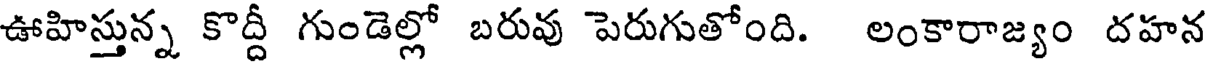
ఊహిస్తున్న కొద్దీ గుండెల్లో బరువు పెరుగుతోంది. లంకారాజ్యం దహన